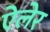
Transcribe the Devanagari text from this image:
ऐलेर